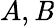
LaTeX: A,\mathit{B}